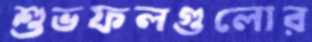
শুভফলগুলোর